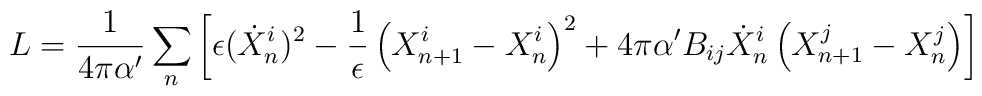
L = \frac{1}{4 \pi \alpha'} \sum_{n}\left[ \epsilon(\dot{X}^{i}_{n})^2 - \frac{1}{\epsilon} \left(X^{i}_{n+1} - X^{i}_{n}\right)^2 + 4\pi \alpha' B_{ij} \dot{X}^{i}_{n} \left(X^{j}_{n+1} - X^{j}_{n}\right)\right]